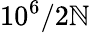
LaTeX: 10^{6}/2\mathbb{N}